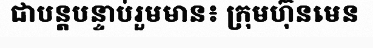
ជាបន្តបន្ទាប់រួមមាន៖ ក្រុមហ៊ុនមេន